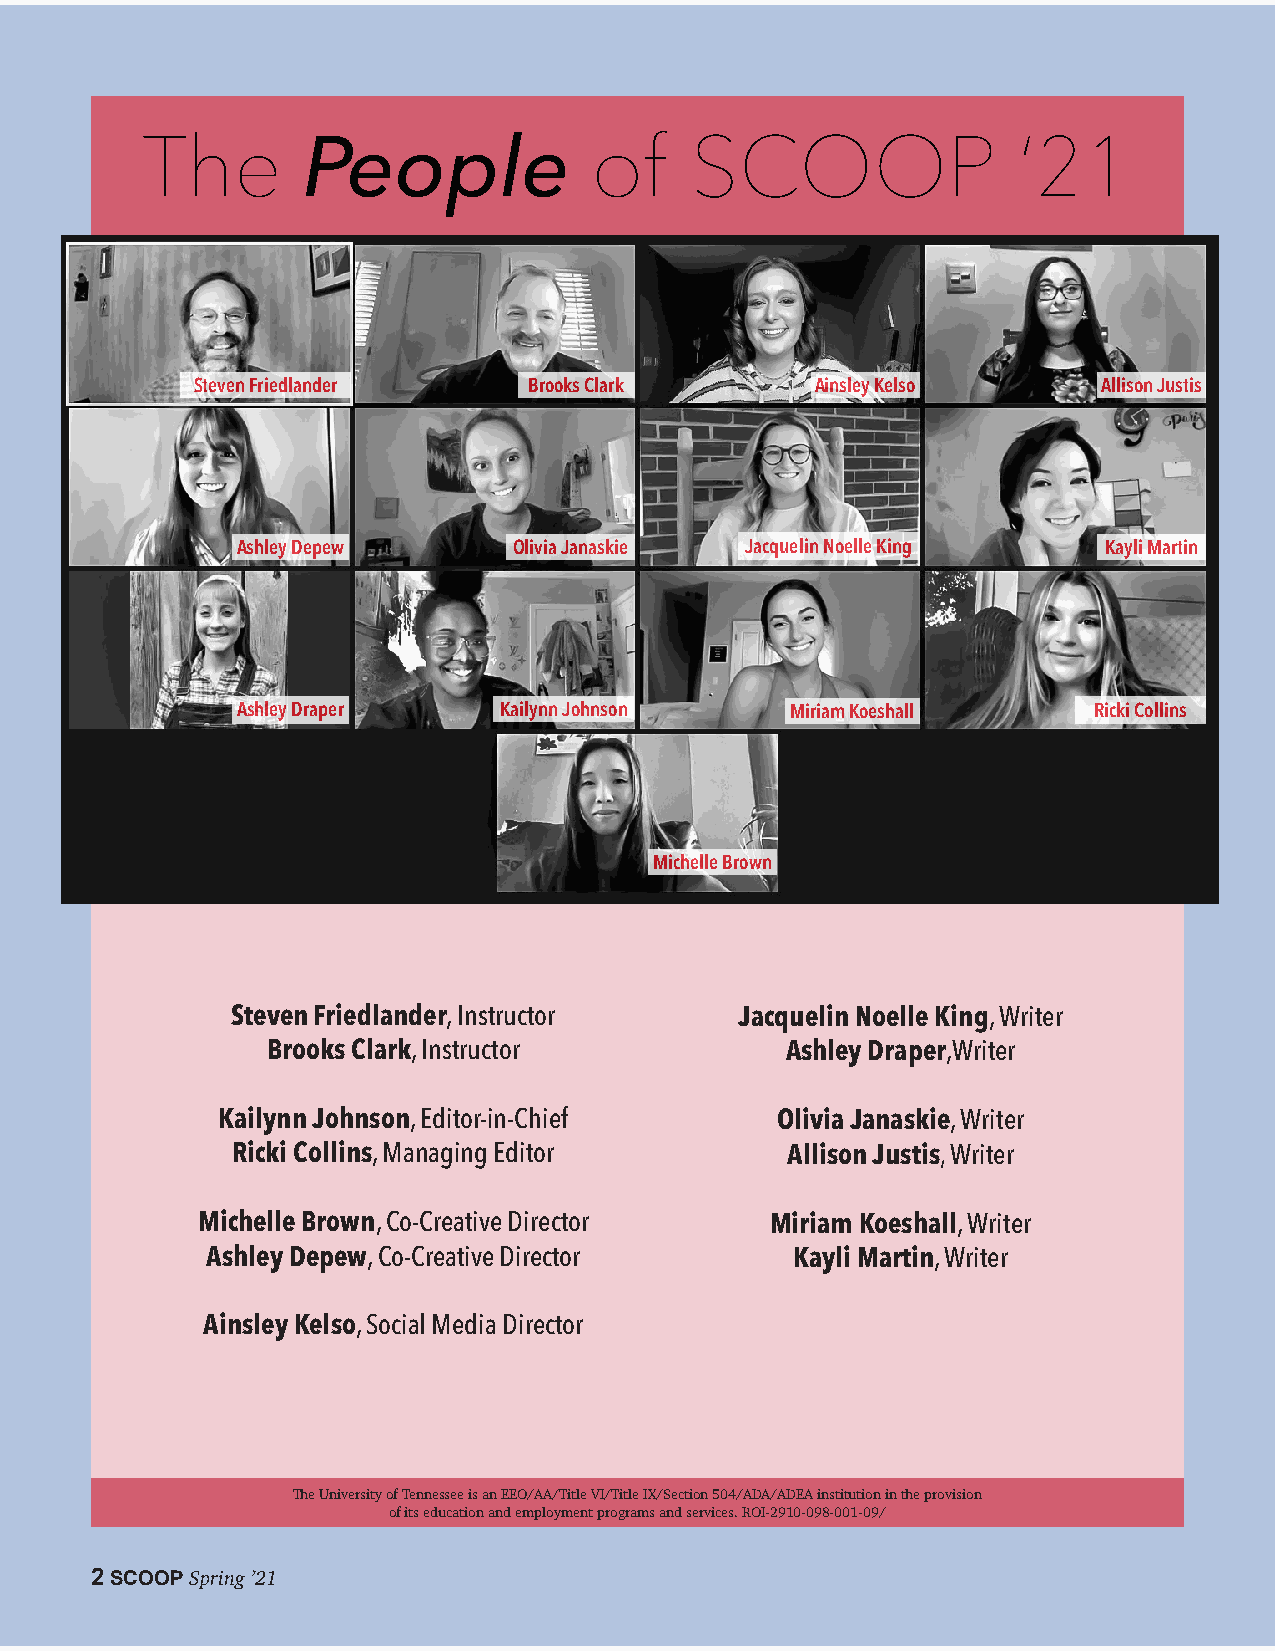
The        People             of     SCOOP                ‘21
 Steven Friedlander    Brooks Clark       Ainsley Kelso      Allison Justis
 Ashley Depew      Olivia Janaskie Jacquelin Noelle King  Kayli Martin
 Ashley Draper    Kailynn Johnson    Miriam Koeshall     Ricki Collins
 Michelle Brown
 Steven Friedlander, Instructor    Jacquelin Noelle King, Writer
 Brooks Clark, Instructor          Ashley Draper,Writer
 Kailynn Johnson, Editor-in-Chief     Olivia Janaskie, Writer
 Ricki Collins, Managing Editor       Allison Justis, Writer
 Michelle Brown, Co-Creative Director  Miriam Koeshall, Writer
 Ashley Depew, Co-Creative Director     Kayli Martin, Writer
 Ainsley Kelso, Social Media Director
 The University of Tennessee is an EEO/AA/Title VI/Title IX/Section 504/ADA/ADEA institution in the provision
 of its education and employment programs and services. ROI-2910-098-001-09/
 2 SCOOP Spring ’21